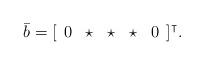
LaTeX: \begin{align*}\bar b=[\begin{array}{ccccc} 0 & \star & \star & \star & 0\end{array}]^\intercal.\end{align*}